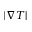
| \nabla T |